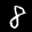
Label: 8